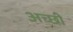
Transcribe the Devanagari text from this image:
अच्छी